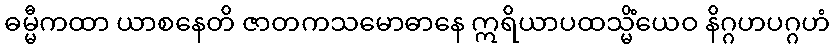
ဓမ္မီကထာ ယာစနေတိ ဇာတကသမောဓာနေ ဣရိယာပထသ္မိံယေဝ နိဂ္ဂဟပဂ္ဂဟံ